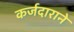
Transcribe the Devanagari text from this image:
कर्जदाराने